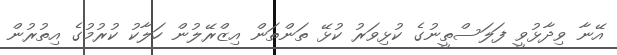
އޭނާ ވިދާޅުވީ ފަލަސްތީނުގެ ކުޅިވަރު ކުޅޭ ތަންތަން އިޒްރޭލުން ހަލާކު ކުރުމުގެ އިތުރުން